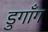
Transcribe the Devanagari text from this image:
डुगाँग